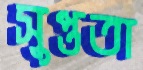
সুপ্ততা